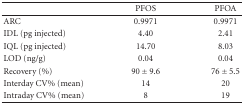
<table><thead><tr><td>[EMPTY_CELL]</td><td><b>PFOS</b></td><td><b>PFOA</b></td></tr></thead><tbody><tr><td>ARC</td><td>0.9971</td><td>0.9971</td></tr><tr><td>IDL (pg injected)</td><td>4.40</td><td>2.41</td></tr><tr><td>IQL (pg injected)</td><td>14.70</td><td>8.03</td></tr><tr><td>LOD (ng/g)</td><td>0.04</td><td>0.04</td></tr><tr><td>Recovery (%)</td><td>90 ± 9.6</td><td>76 ± 5.5</td></tr><tr><td>Interday CV% (mean)</td><td>14</td><td>20</td></tr><tr><td>Intraday CV% (mean)</td><td>8</td><td>19</td></tr></tbody></table>